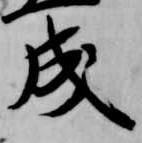
成